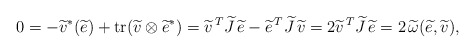
\begin{align*} 0 = -{\widetilde{v}}^{\ast }(\widetilde{e}) + \mathrm{tr}( \widetilde{v} \otimes {\widetilde{e}}^{\ast }) = {\widetilde{v}}^{\, T} \widetilde{J}\, \widetilde{e} - {\widetilde{e}}^{\, T} \widetilde{J}\, \widetilde{v} = 2 {\widetilde{v}}^{\, T}\widetilde{J}\, \widetilde{e} = 2 \, \widetilde{\omega }(\widetilde{e}, \widetilde{v} ), \end{align*}